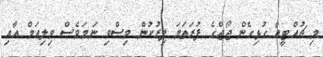
މި ޗުއްޓީއާ ގުޅިގެން ޖޯޖްގެ ފުރަތަމަ ފިރުކުން މިސްވި ނަމަވެސް ވިލިއަމް އާއި